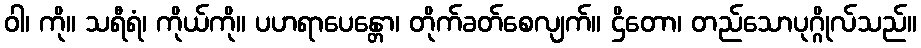
ဝါ၊ ကို။ သရီရံ၊ ကိုယ်ကို။ ပဟရာပေန္တော၊ တိုက်ခတ်စေလျက်။ ဌိတော၊ တည်သောပုဂ္ဂိုလ်သည်။